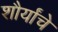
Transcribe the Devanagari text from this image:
शौर्यांचे